Vaccination in Burma 1912-1922 - 1912-1922
Year: 1912
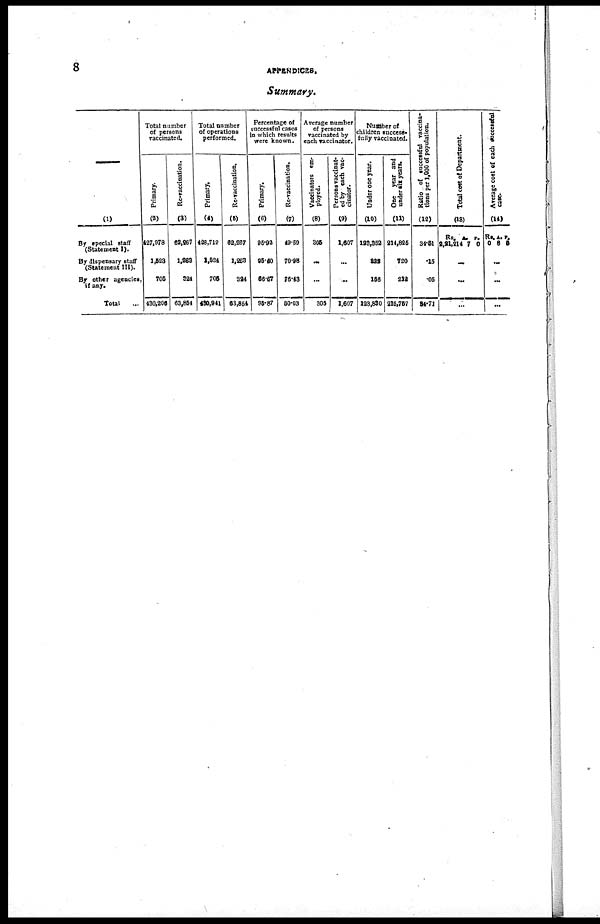
8
APPENDICES.
Summary.
—
(1)
By special staff
(Statement I).
By dispensary staff
(Statement III).
By other agencies,
if any.
Total ...
Total number
of persons
vaccinated.
Primary.
(2)
427,978
1,523
705
430,206
Re-vaccination.
(3)
62,267
1,263
324
63,854
Total number
of operations
performed.
Primary.
(4)
428,712
1,524
705
430,941
Re-vaccination.
(5)
62,267
1,263
324
63,854
Percentage of
successful cases
in which results
were known.
Primary.
(6)
95.92
25.40
66.67
95.87
Re-vaccination.
(7)
49.59
70.98
76.43
50.03
Average number
of persons
vaccinated by
each vaccinator.
Vaccinators em-
ployed.
(8)
305
...
...
305
Persons vaccinat-
ed by each vac-
cinator.
(9)
1,607
...
...
1,607
Number of
children success-
fully vaccinated.
Under one year.
(10)
123,352
322
156
123,830
One year and
under six years.
(11)
214,825
720
212
215,757
Ratio of successful vaccina-
tions per 1,000 of population.
(12)
34.51
.15
.05
34.71
Total cost of Department.
(13)
Rs.
2,21,214
A.
7
P.
0
...
...
...
Average cost of each successful
case.
(14)
Rs.
0
A.
8
P.
0
...
...
...